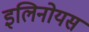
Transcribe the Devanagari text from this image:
इलिनोयस